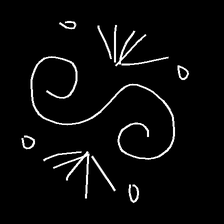
Glyph: aeroform